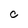
Character: C